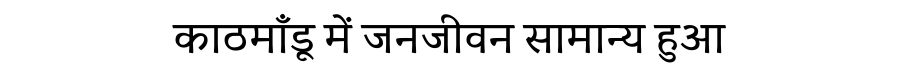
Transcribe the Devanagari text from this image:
काठमाँडू में जनजीवन सामान्य हुआ